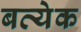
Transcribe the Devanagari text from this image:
बत्येक